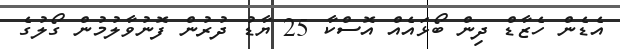
އެޑެން ހެޒާޑް ދިން ބޯޅައެއް އޮސްކާ 25 ޔާޑު ދުރުން ފޮނުވާލުމުން ގޯލުގެ